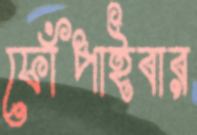
ফোঁপাইবার